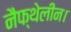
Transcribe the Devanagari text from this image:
नैफ्थेलीन।